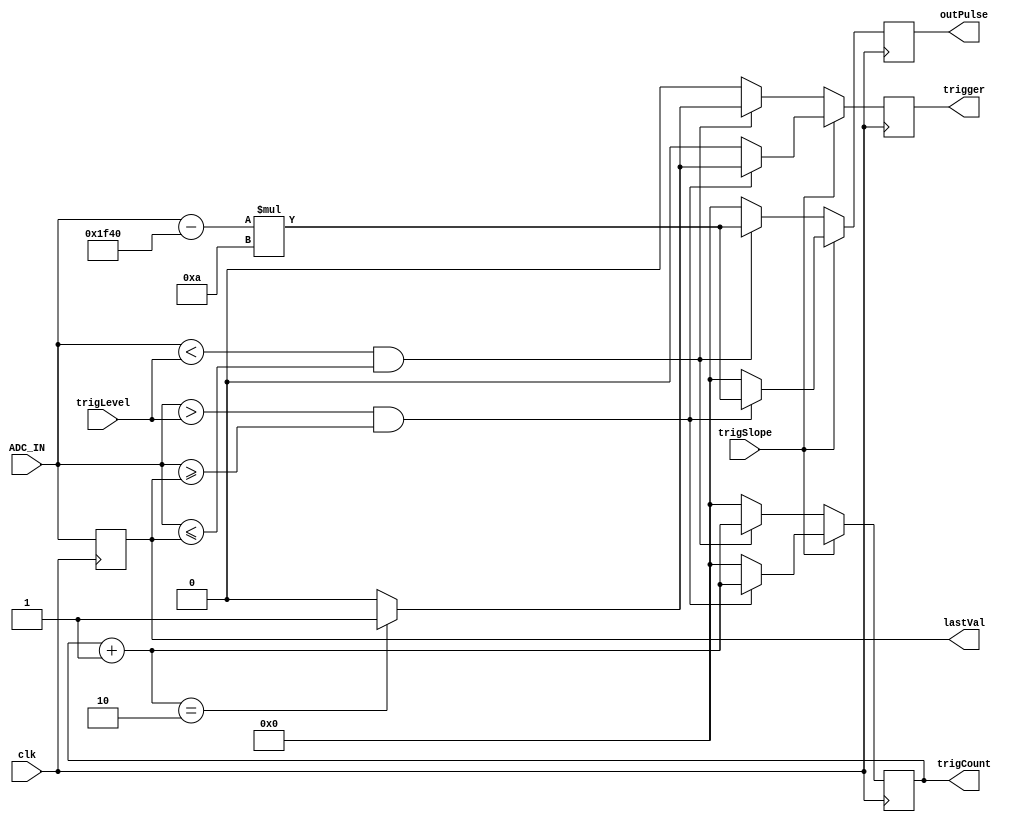
//triggers when ADC_IN is above a set value
module trigger(clk,ADC_IN, trigSlope, trigLevel, trigger, outPulse, lastVal, trigCount);

input							clk;
input		    [13:0]		ADC_IN;
input							trigSlope;
input		    [13:0]		trigLevel;
output reg 	 [13:0]		outPulse;
output reg		 			trigger;
output reg	 [13:0]		lastVal=0;
output reg [13:0] trigCount=0;

//assign ADC_DB = ADC_IN;

always @(posedge clk) begin
	//positive trigger
	if(trigSlope == 1) begin
		if(ADC_IN>trigLevel&&ADC_IN>=lastVal) begin
			trigCount=trigCount+14'b1;
			if(trigCount==2)
				trigger <= 1;
			else
				trigger<=0;
			outPulse = (ADC_IN-14'd8000)*14'd10;
		end
	
		else begin
			trigCount=0;
			trigger <= 0;
			outPulse = 0;
		end
	end
	//negative trigger
	else if(trigSlope == 0) begin
		if(ADC_IN<trigLevel&&ADC_IN<=lastVal) begin
			trigCount=trigCount+14'b1;
			if(trigCount==2)
				trigger <= 1;
			else
				trigger<=0;
			outPulse = (ADC_IN-14'd8000)*14'd10;
		end
	
		else begin
			trigCount=0;
			trigger <= 0;
			outPulse = 0;
		end
	
	end
	
	
	
	
	
	lastVal<=ADC_IN;
end
endmodule